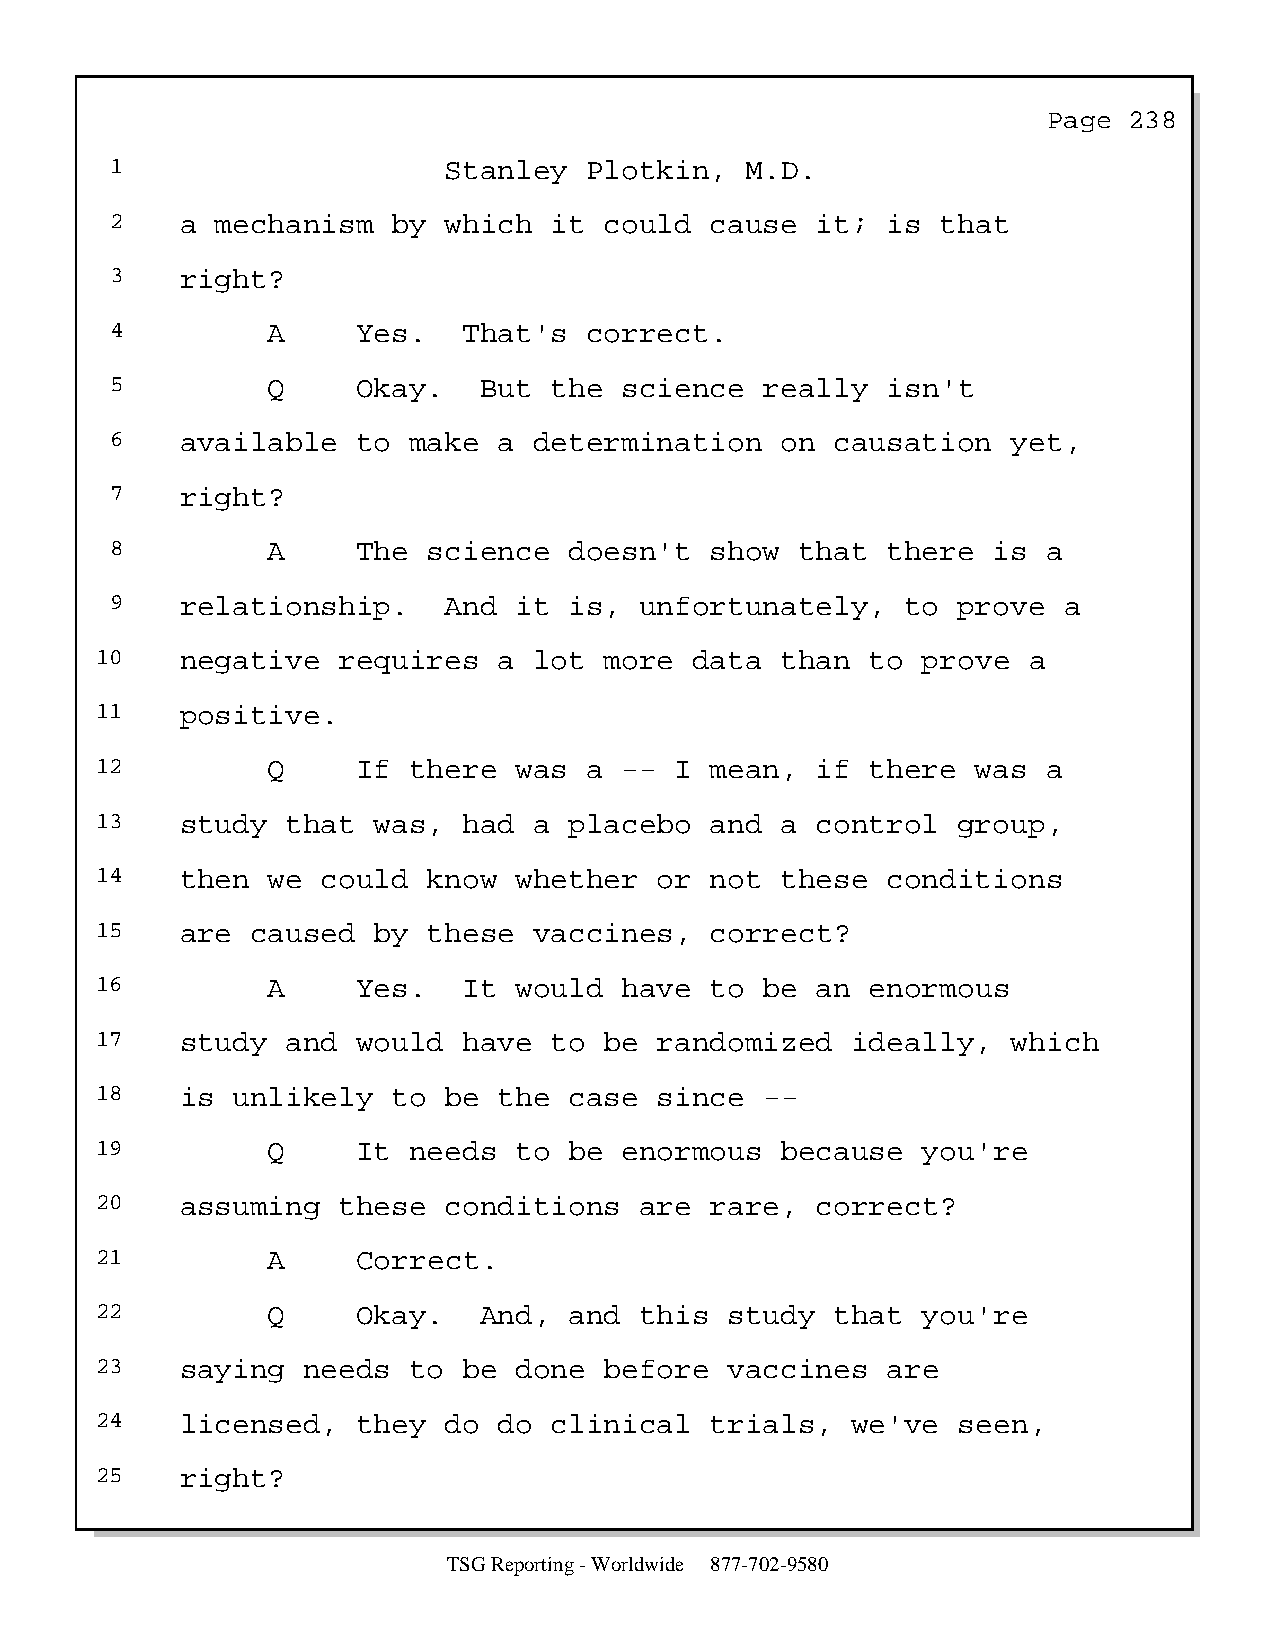
Page  238
 1                     Stanley   Plotkin,  M.D.
 2    a mechanism   by which  it  could  cause  it;  is that
 3    right?
 4          A     Yes.   That's  correct.
 5          Q     Okay.   But the  science   really  isn't
 6    available   to make  a determination    on causation   yet,
 7    right?
 8          A     The science   doesn't  show  that  there  is a
 9    relationship.    And  it  is, unfortunately,    to prove  a
 10    negative  requires   a lot  more  data  than  to prove  a
 11    positive.
 12          Q     If there  was  a --  I mean,  if  there  was a
 13    study  that  was,  had a  placebo  and  a control  group,
 14    then  we could  know  whether   or not  these  conditions
 15    are  caused  by these  vaccines,   correct?
 16          A     Yes.   It would  have  to  be an  enormous
 17    study  and  would  have to  be  randomized  ideally,   which
 18    is unlikely   to be  the  case  since  --
 19          Q     It needs  to  be enormous   because  you're
 20    assuming  these  conditions   are  rare,  correct?
 21          A     Correct.
 22          Q     Okay.   And,  and this  study  that  you're
 23    saying  needs  to  be done  before  vaccines   are
 24    licensed,   they do  do clinical   trials,  we've  seen,
 25    right?
 TSG Reporting - Worldwide 877-702-9580